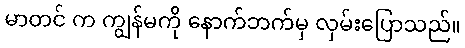
မာတင် က ကျွန်မကို နောက်ဘက်မှ လှမ်းပြောသည်။